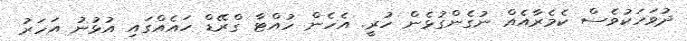
ދުވަހަކުވެސް ކެމެރާއެއް ނުގެންގުޅެން ހުރީ. އެހެން ހުއްޓާ ގްރޭޑް ހައެއްގައި އުޅުނު އަހަރު